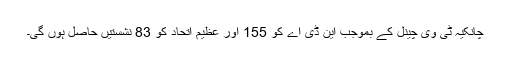
چانکیہ ٹی وی چینل کے بموجب این ڈی اے کو 155 اور عظیم اتحاد کو 83 نشستیں حاصل ہوں گی۔